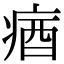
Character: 㾞